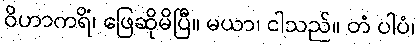
ဝိဟာကရိံ၊ ဖြေဆိုမိပြီ။ မယာ၊ ငါသည်။ တံ ပါပံ၊